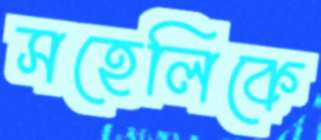
সহেলিকে